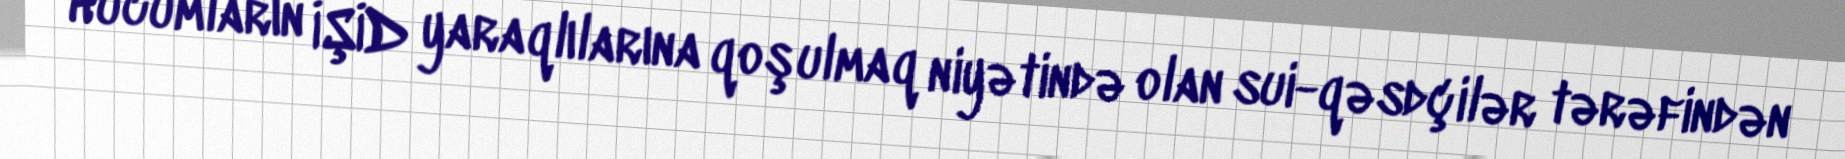
Hücumların İŞİD yaraqlılarına qoşulmaq niyətində olan sui-qəsdçilər tərəfindən